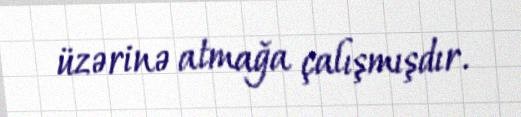
üzərinə atmağa çalışmışdır.